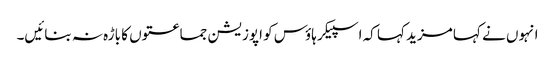
انہوں نے کہا مزید کہا کہ اسپیکر ہاؤس کو اپوزیشن جماعتوں کا باڑہ نہ بنائیں۔